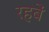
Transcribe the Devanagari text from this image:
रहबें